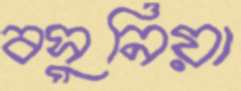
বসুনিয়া